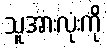
သူအားလုံးကို